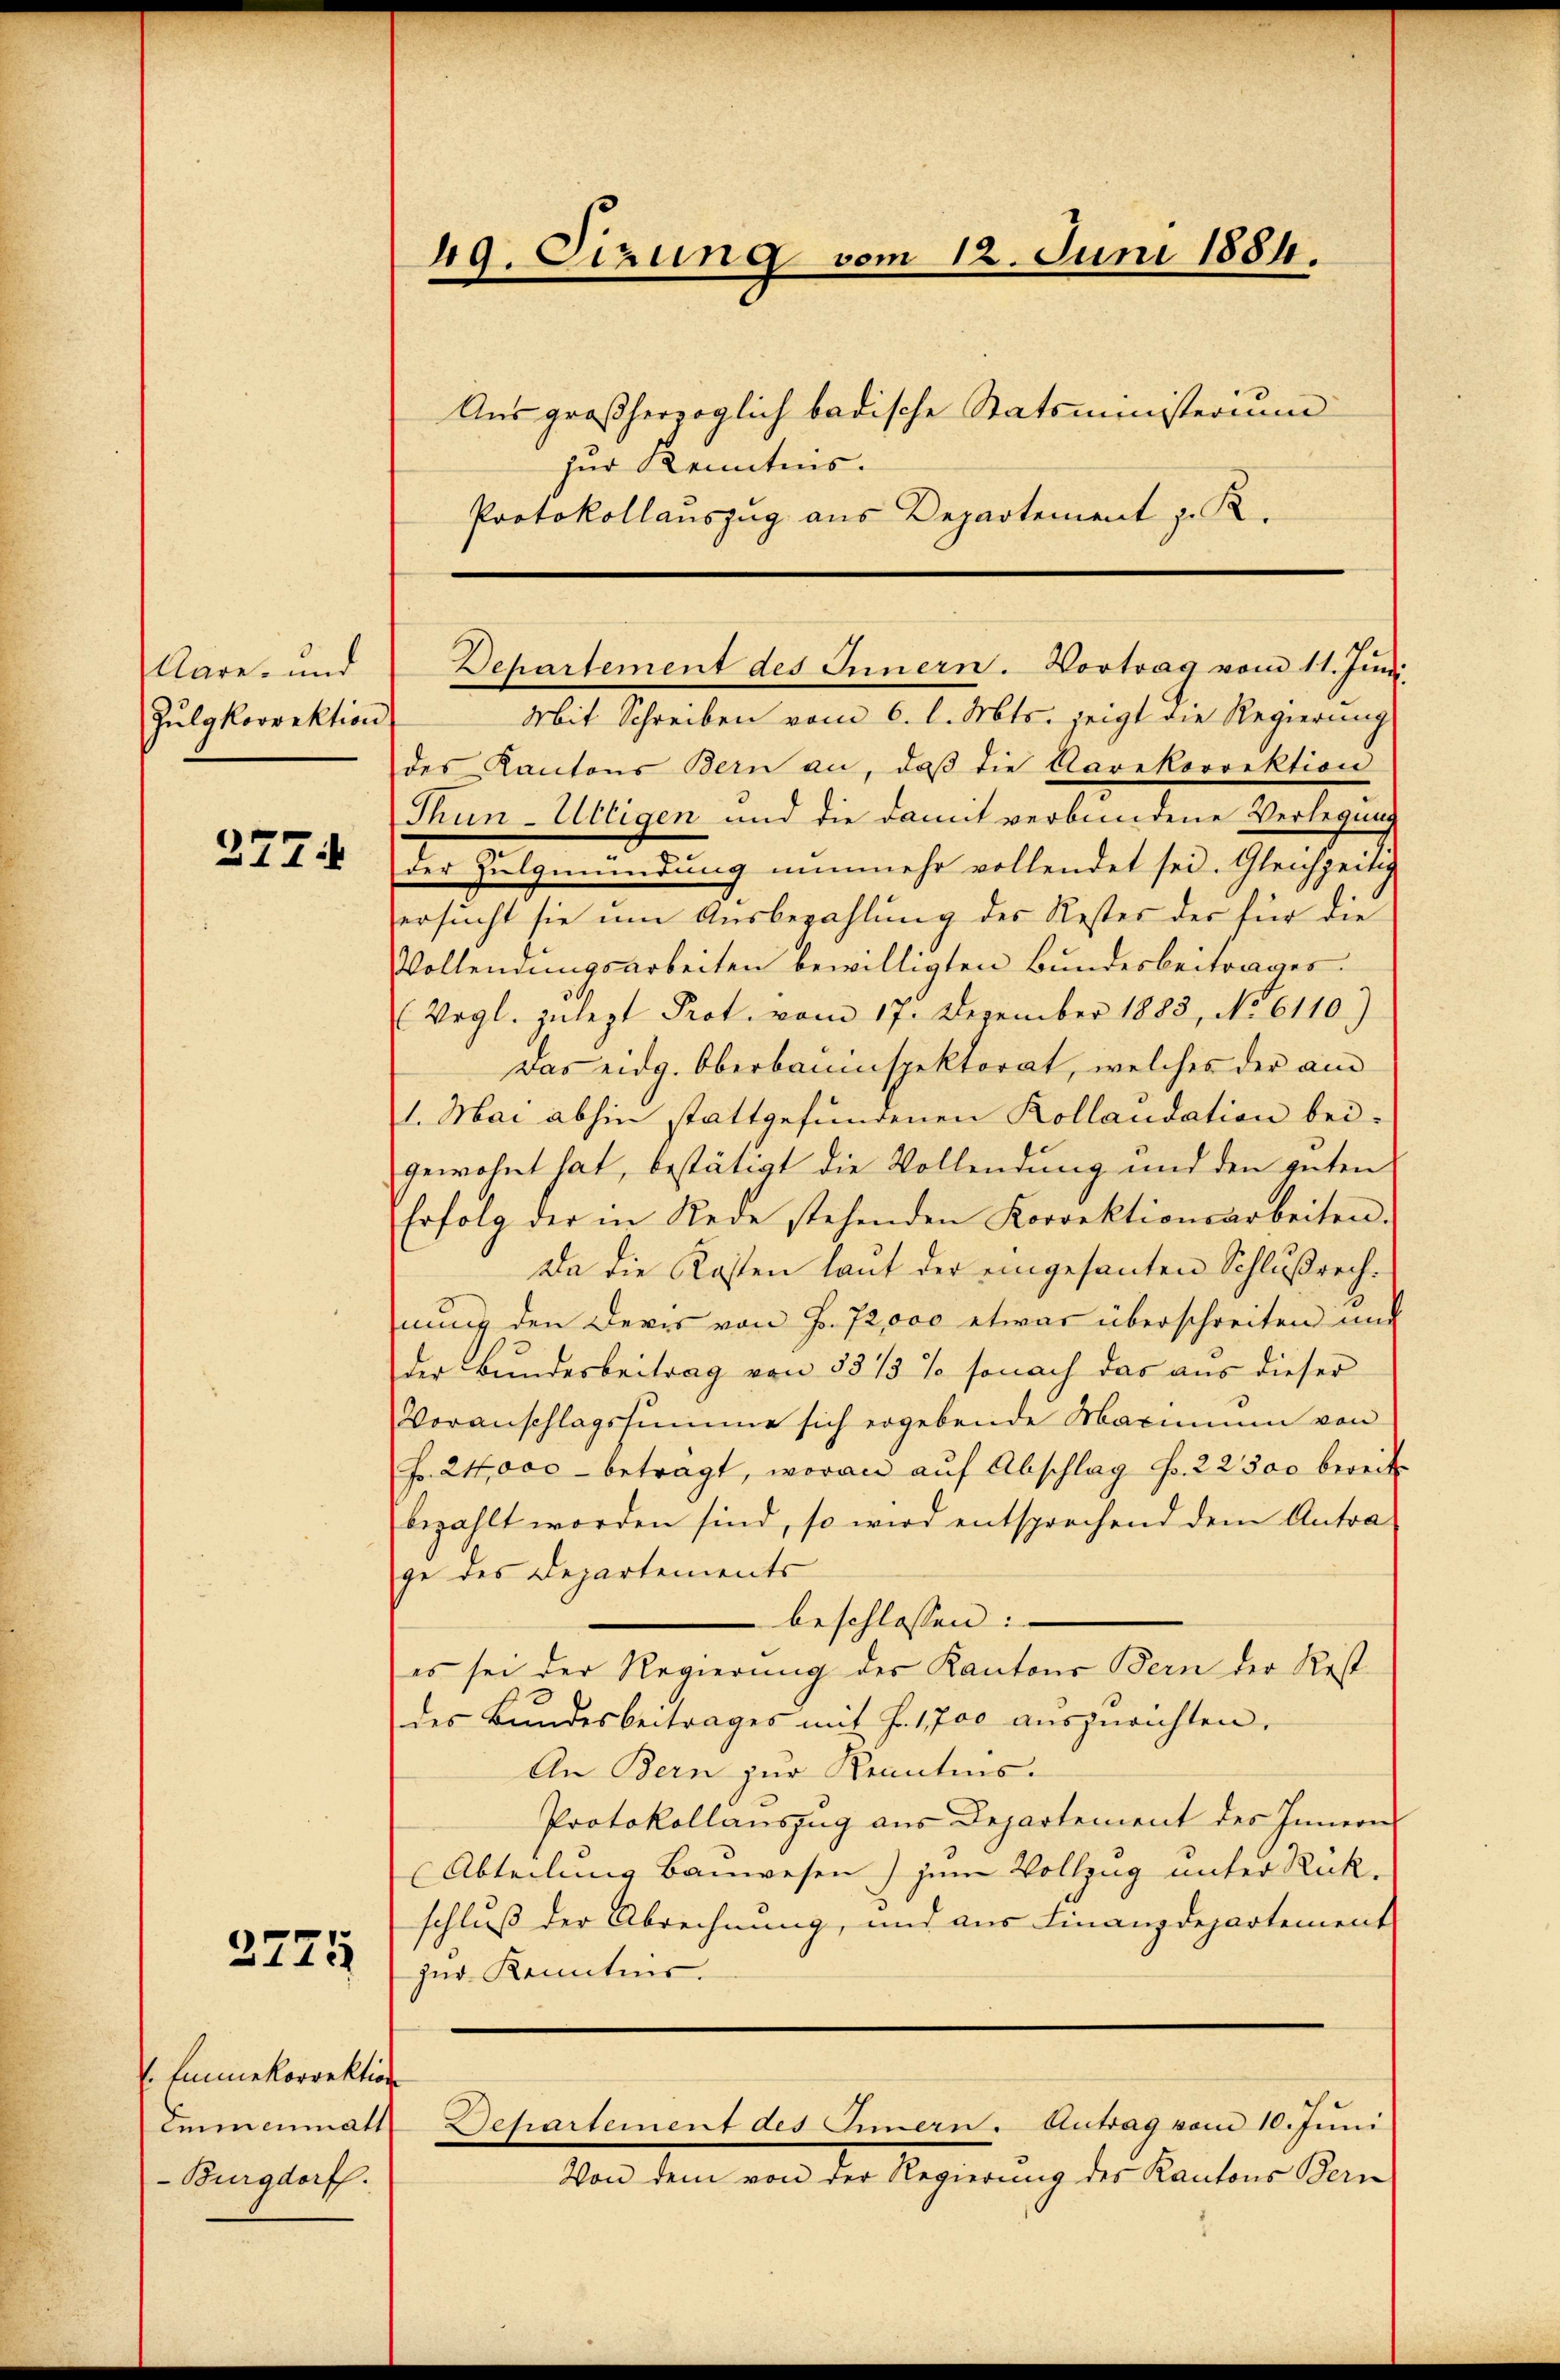
Aare- und
Julgkorrektion

277.

2775

Emmekorrektion
emmenmatt
-Burgdorf.

Protokollauszug aus Departement z. R.

49. Sizung vom 12. Juni 1884.
Aus großherzoglich badische Statsministerium
zur Kenntnis.

Departement des Innern. Vortrag vom 11. Juni

Mit Schreiben vom 6. l. Mts. zeigt die Regierung
des Kantons Bern an, daß die Karekorrektion
Thun-Ulligen und die damit verbundene Verlegung
der Zulgmündung nunmehr vollendet sei. Gleichzeitig
ersucht sie um Ausbezahlung des Rester der für die
Volleinungsarbeiten bewilligten Bundesbeitrages.
Vegl. zulezt Prot. vom 17. Dezember 1883, No 6110)
Das eidg. Oberbauinspektorat, welches der am
1. Mai abhin stattgefundenen Kollaudation bei-
gewohnt hat, bestätigt die Vollendung und den guten
Erfolg der in Rede stehenden Korrektionsarbeiten.
Da die Kosten laut der eingesanten Schlußrechnung den deres von Fr. 72,000 etwas überschreiten und
der Bundesbeitrag von 55 15 % sonach das aus dieser
Voranschlagssumme sich ergebende Maximum von
f. 21000 betragt, woran auf Abschlag Fr. 22300 bereits
bezahlt worden sind, so wird entsprechend dem Antra
ge des Departements
beschlossen:
es sei der Regierung des Kantons Bern der Rest
des Bundesbeitrages mit J. 1700 auszurichten.
An Bern zur Kenntnis.
Protokollauszug aus Departement des Innern
Abteilung Bauwesen) zum Vollzug unter Rückschluß der Abrechnung, und aus Finanzdepartement
zur Kenntnis.
Departement des Innern. Antrag vom 10. Juni
Wand den und die Regierung der Kantons Stan